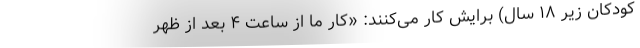
کودکان زیر ۱۸ سال) برایش کار می‌کنند: «کار ما از ساعت ۴ بعد از ظهر